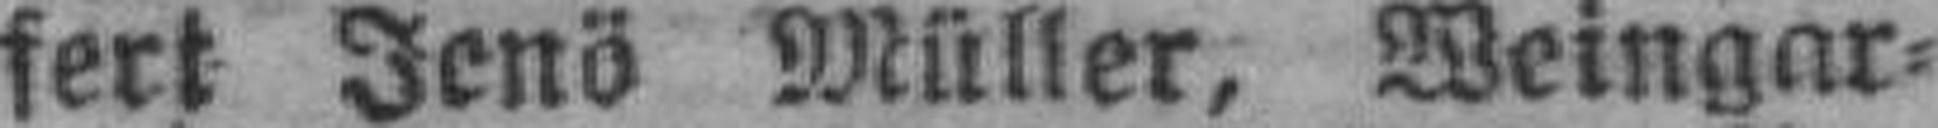
fert Jenö Müller, Weingar¬